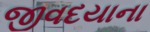
જીવદયાના